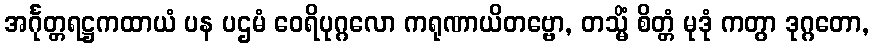
အင်္ဂုတ္တရဋ္ဌကထာယံ ပန ပဌမံ ဝေရိပုဂ္ဂလော ကရုဏာယိတဗ္ဗော, တသ္မိံ စိတ္တံ မုဒုံ ကတွာ ဒုဂ္ဂတော,